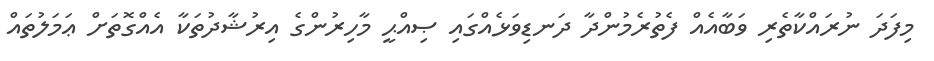
މިފަދަ ނުރައްކާތެރި ވަބާއެއް ފެތުރެމުންދާ ދަނޑިވަޅެއްގައި ޞިއްޙީ މާހިރުންގެ އިރުޝާދުތަކާ އެއްގޮތަށް ޢަމަލުތައް